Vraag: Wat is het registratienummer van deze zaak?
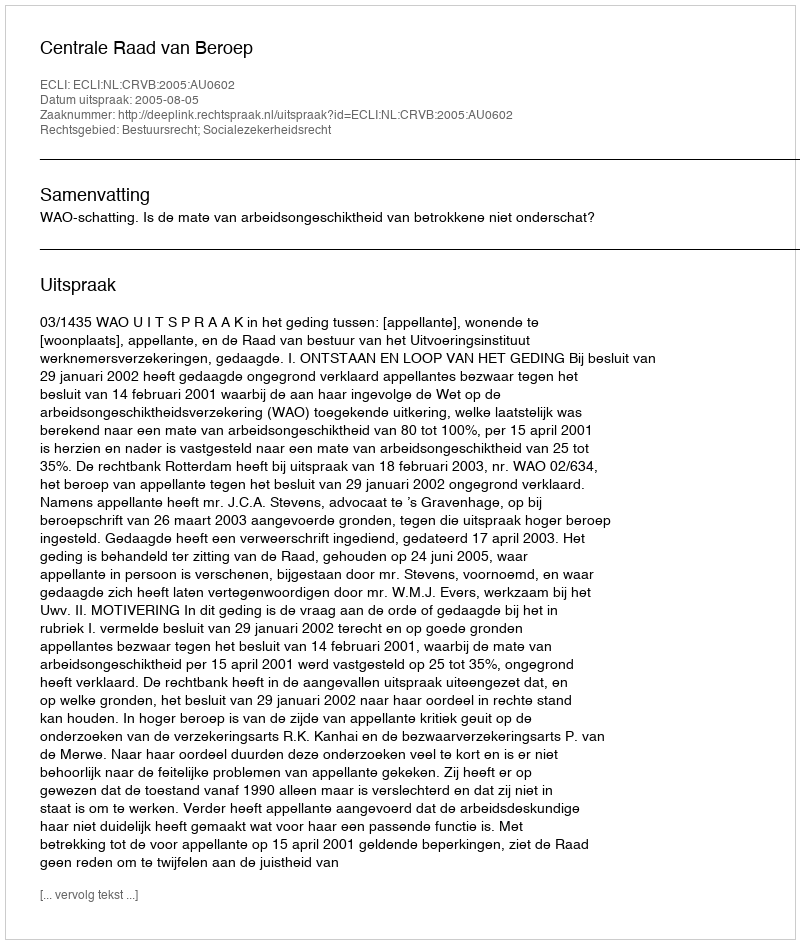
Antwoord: http://deeplink.rechtspraak.nl/uitspraak?id=ECLI:NL:CRVB:2005:AU0602